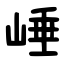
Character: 崜